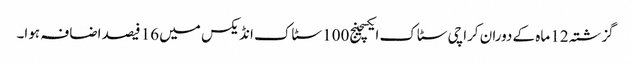
گزشتہ 12 ماہ کے دوران کراچی سٹاک ایکسچینج100 سٹاک انڈیکس میں 16 فیصد اضافہ ہوا۔